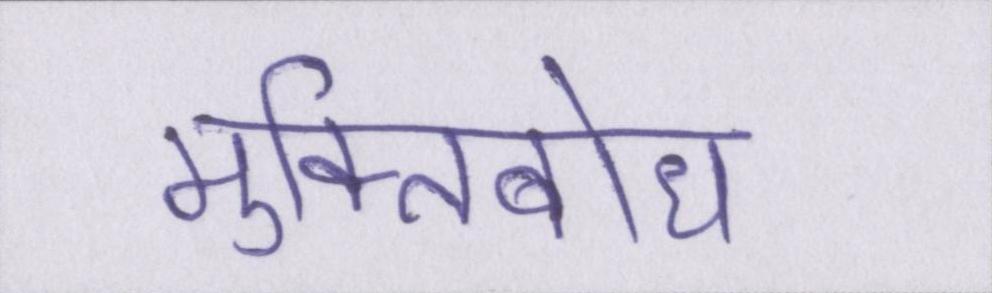
मुक्तिबोध